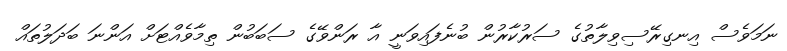
ނަމަވެސް އިނގިރޭސިވިލާތުގެ ސަރުކާރުން ބުނެފައިވަނީ އާ ރަންވޭގެ ސަބަބުން ތިމާވެއްޓަށް އަންނަ ބަދަލުތައް